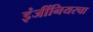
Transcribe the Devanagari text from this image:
इंजींनियरचा